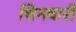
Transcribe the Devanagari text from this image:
शिनवारी